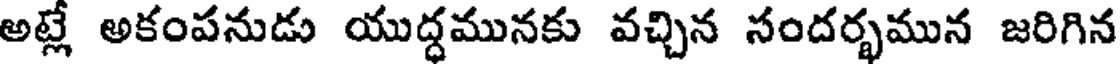
అట్లే అకంపనుడు యుద్ధమునకు వచ్చిన సందర్భమున జరిగిన